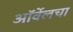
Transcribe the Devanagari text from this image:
ऑर्वेलचा